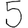
Digit: 5